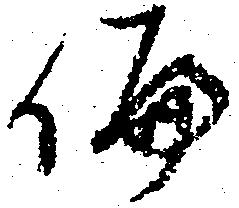
偏